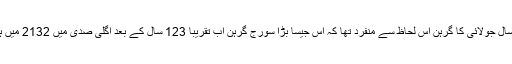
اس سال جولائی کا گرہن اس لحاظ سے منفرد تھا کہ اس جیسا بڑا سورج گرہن اب تقریباً 123 سال کے بعد اگلی صدی میں 2132 میں ہوگا۔